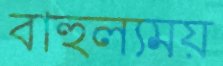
বাহুল্যময়